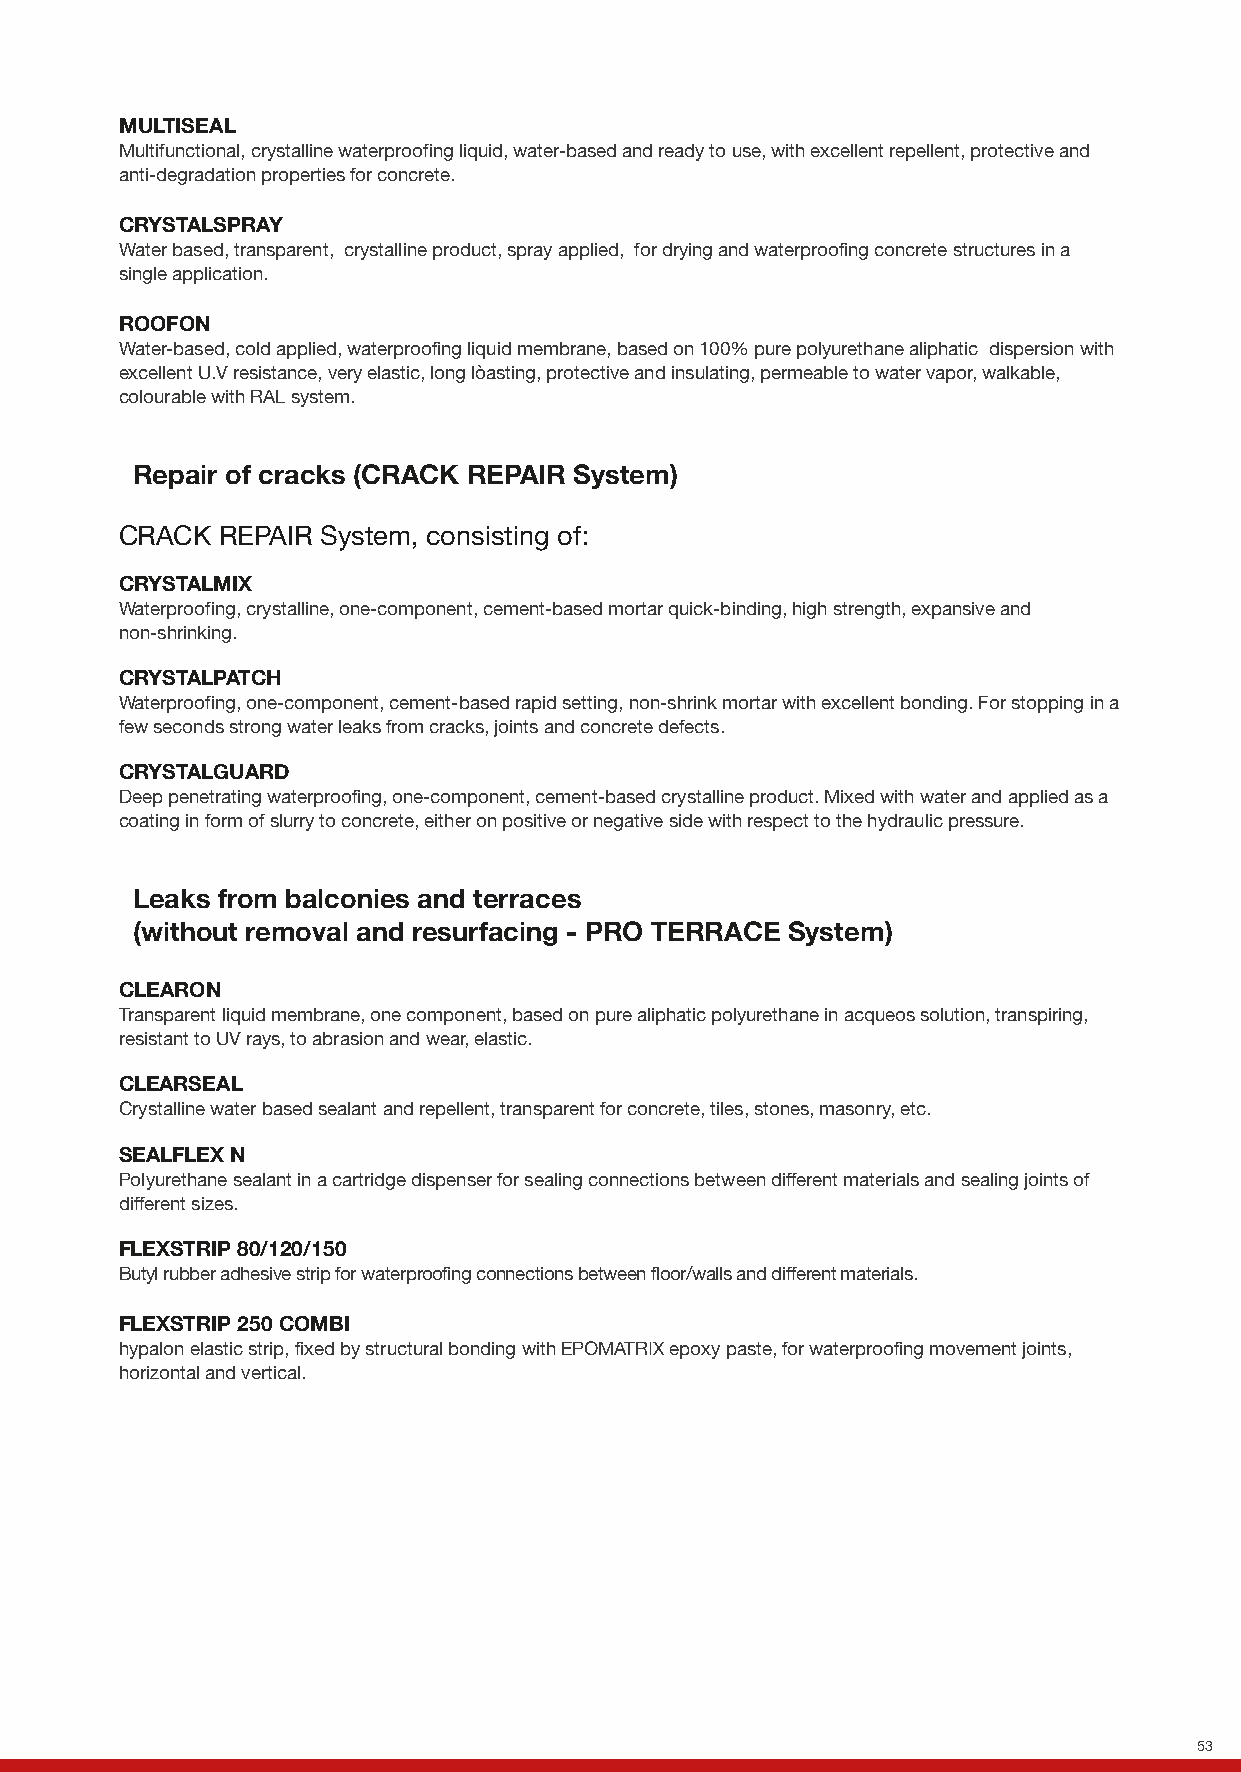
MULTISEAL
 Multifunctional, crystalline waterproofing liquid, water-based and ready to use, with excellent repellent, protective and
 anti-degradation properties for concrete.
 CRYSTALSPRAY
 Water based, transparent, crystalline product, spray applied, for drying and waterproofing concrete structures in a
 single application.
 ROOFON
 Water-based, cold applied, waterproofing liquid membrane, based on 100% pure polyurethane aliphatic dispersion with
 excellent U.V resistance, very elastic, long lòasting, protective and insulating, permeable to water vapor, walkable,
 colourable with RAL system.
 Repair of cracks (CRACK REPAIR System)
 CRACK  REPAIR System, consisting of:
 CRYSTALMIX
 Waterproofing, crystalline, one-component, cement-based mortar quick-binding, high strength, expansive and
 non-shrinking.
 CRYSTALPATCH
 Waterproofing, one-component, cement-based rapid setting, non-shrink mortar with excellent bonding. For stopping in a
 few seconds strong water leaks from cracks, joints and concrete defects.
 CRYSTALGUARD
 Deep penetrating waterproofing, one-component, cement-based crystalline product. Mixed with water and applied as a
 coating in form of slurry to concrete, either on positive or negative side with respect to the hydraulic pressure.
 Leaks from balconies and terraces
 (without removal and resurfacing - PRO TERRACE System)
 CLEARON
 Transparent liquid membrane, one component, based on pure aliphatic polyurethane in acqueos solution, transpiring,
 resistant to UV rays, to abrasion and wear, elastic.
 CLEARSEAL
 Crystalline water based sealant and repellent, transparent for concrete, tiles, stones, masonry, etc.
 PRODUCTS
 SEALFLEX N
 Polyurethane sealant in a cartridge dispenser for sealing connections between different materials and sealing joints of
 different sizes.
 Leaks from balconies and terraces (removal and resurfacing)
 FLEXSTRIP 80/120/150
 Butyl rubber adhesive strip for waterproofing connections between floor/walls and different materials.
 CRYSTALGUARD
 Deep penetrating waterproofing, one-component, cement-based crystalline product. Mixed with water and applied as a
 FLEXSTRIP 250 COMBI
 coating in form of slurry to concrete, either on positive or negative side with respect to the hydraulic pressure.
 hypalon elastic strip, fixed by structural bonding with EPOMATRIX epoxy paste, for waterproofing movement joints,
 CRYSTALGUARD ULTIMA horizontal and vertical.
 Deep penetrating waterproofing, highly concentrated, crystalline, one-component, cement-based product. Mixed with
 water and applied as a coating in the form of slurry to concrete, either on the positive or negative side with respect to the
 hydraulic pressure.
 MULTIGUARD
 Deep penetrating waterproofing, one-component, cement-based product with crystalline and repellent action. Mixed
 with water and applied as a coating in the form of slurry to concrete surfaces on positive side with respect to hydraulic
 pressure.
 FLEXI
 Two-component cementitious liquid membrane with high elasticity for waterproofing and protecting surfaces and walls.
 53